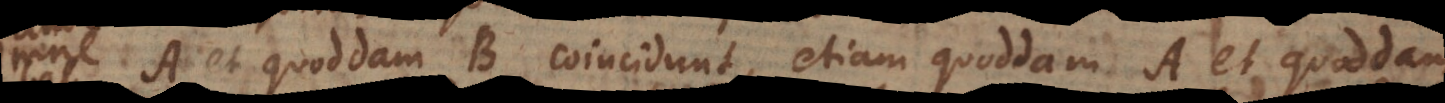
A et quoddam B coincidunt, etiam quoddam A et quoddam